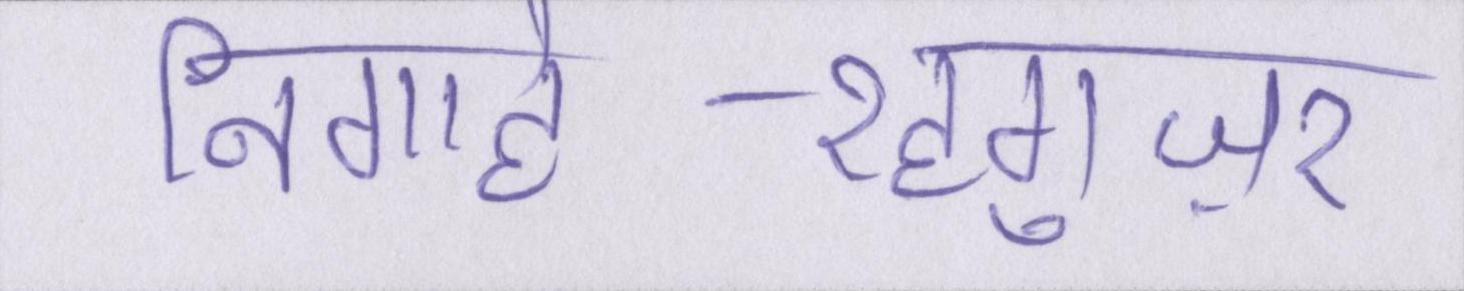
निगाहे-रहगुज़र